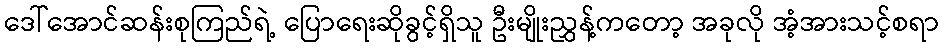
ဒေါ်အောင်ဆန်းစုကြည်ရဲ့ ပြောရေးဆိုခွင့်ရှိသူ ဦးမျိုးညွှန့်ကတော့ အခုလို အံ့အားသင့်စရာ